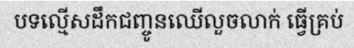
បទល្មើសដឹកជញ្ចូនឈើលួចលាក់ ធ្វើគ្រប់